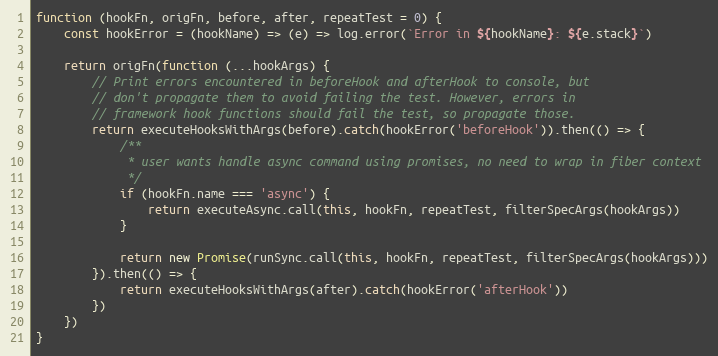
Language: JavaScript
function (hookFn, origFn, before, after, repeatTest = 0) {
    const hookError = (hookName) => (e) => log.error(`Error in ${hookName}: ${e.stack}`)

    return origFn(function (...hookArgs) {
        // Print errors encountered in beforeHook and afterHook to console, but
        // don't propagate them to avoid failing the test. However, errors in
        // framework hook functions should fail the test, so propagate those.
        return executeHooksWithArgs(before).catch(hookError('beforeHook')).then(() => {
            /**
             * user wants handle async command using promises, no need to wrap in fiber context
             */
            if (hookFn.name === 'async') {
                return executeAsync.call(this, hookFn, repeatTest, filterSpecArgs(hookArgs))
            }

            return new Promise(runSync.call(this, hookFn, repeatTest, filterSpecArgs(hookArgs)))
        }).then(() => {
            return executeHooksWithArgs(after).catch(hookError('afterHook'))
        })
    })
}